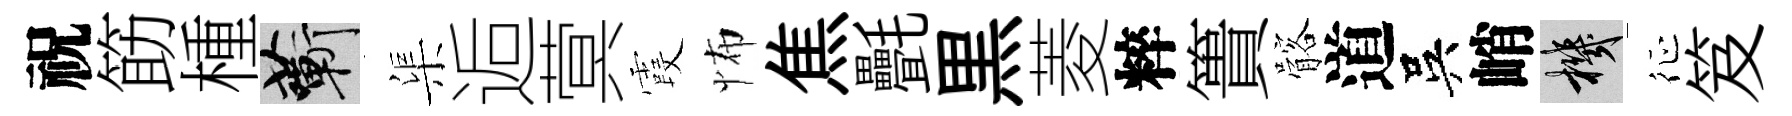
祝筯㮔蔪渠逅蓂霞怖焦㲲黒菱粹簣髂道吳峭機征笈